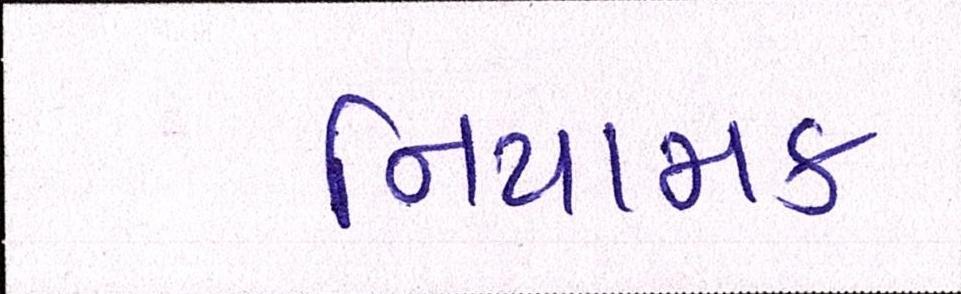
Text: નિયામક